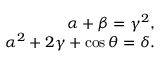
\begin{array} { r } { \alpha + \beta = \gamma ^ { 2 } , } \\ { \alpha ^ { 2 } + 2 \gamma + \cos \theta = \delta . } \end{array}